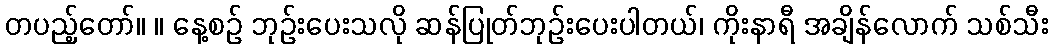
တပည့်တော်။ ။ နေ့စဉ် ဘုဉ်းပေးသလို ဆန်ပြုတ်ဘုဉ်းပေးပါတယ်၊ ကိုးနာရီ အချိန်လောက် သစ်သီး